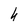
Character: h